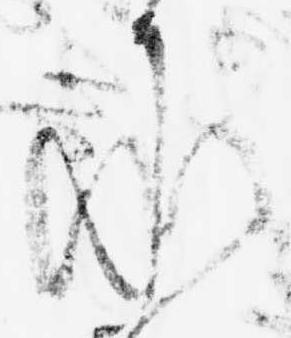
承